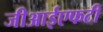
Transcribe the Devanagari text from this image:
जीआईएफटी